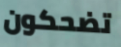
تضحكون